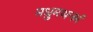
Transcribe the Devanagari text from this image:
मधुमथनमं